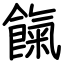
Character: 餼